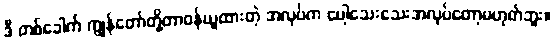
ဒီ တစ်ခေါက် ကျွန်တော်တို့တာဝန်ယူထားတဲ့ အလုပ်က ပေါ့သေးသေးအလုပ်တော့မဟုတ်ဘူး။